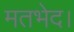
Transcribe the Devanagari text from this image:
मतभेद।